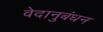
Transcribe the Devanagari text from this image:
वेदानुबंधन